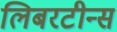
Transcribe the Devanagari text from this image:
लिबरटीन्स